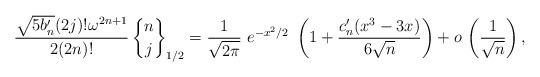
LaTeX: \begin{align*} \frac{\sqrt{5b_n'} (2j)! \omega^{2n+1}}{2(2n)!} \,{n\brace j}_{1/2} = \frac{1}{\sqrt{2\pi}}~ e^{-x^2/2}~\left( 1 + \frac{c_n' (x^3 - 3x)}{6\sqrt{n}}\right) + o\, \left( \frac{1}{\sqrt{n}}\right),\end{align*}